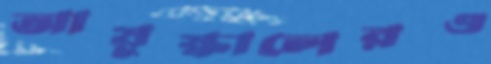
আয়ুষ্কালেরও